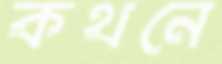
কথনে